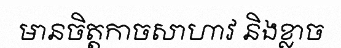
មានចិត្តកាចសាហាវ និងខ្លាច